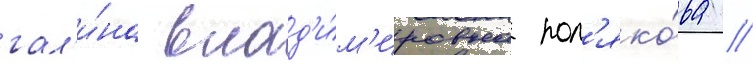
гал'и́на влад'и́м'ировна пол'яко́ва //